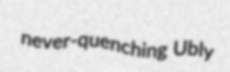
never-quenching Ubly